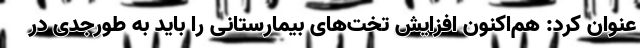
عنوان کرد: هم‌اکنون افزایش تخت‌های بیمارستانی را باید به طورجدی در